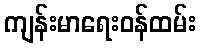
ကျန်းမာရေးဝန်ထမ်း